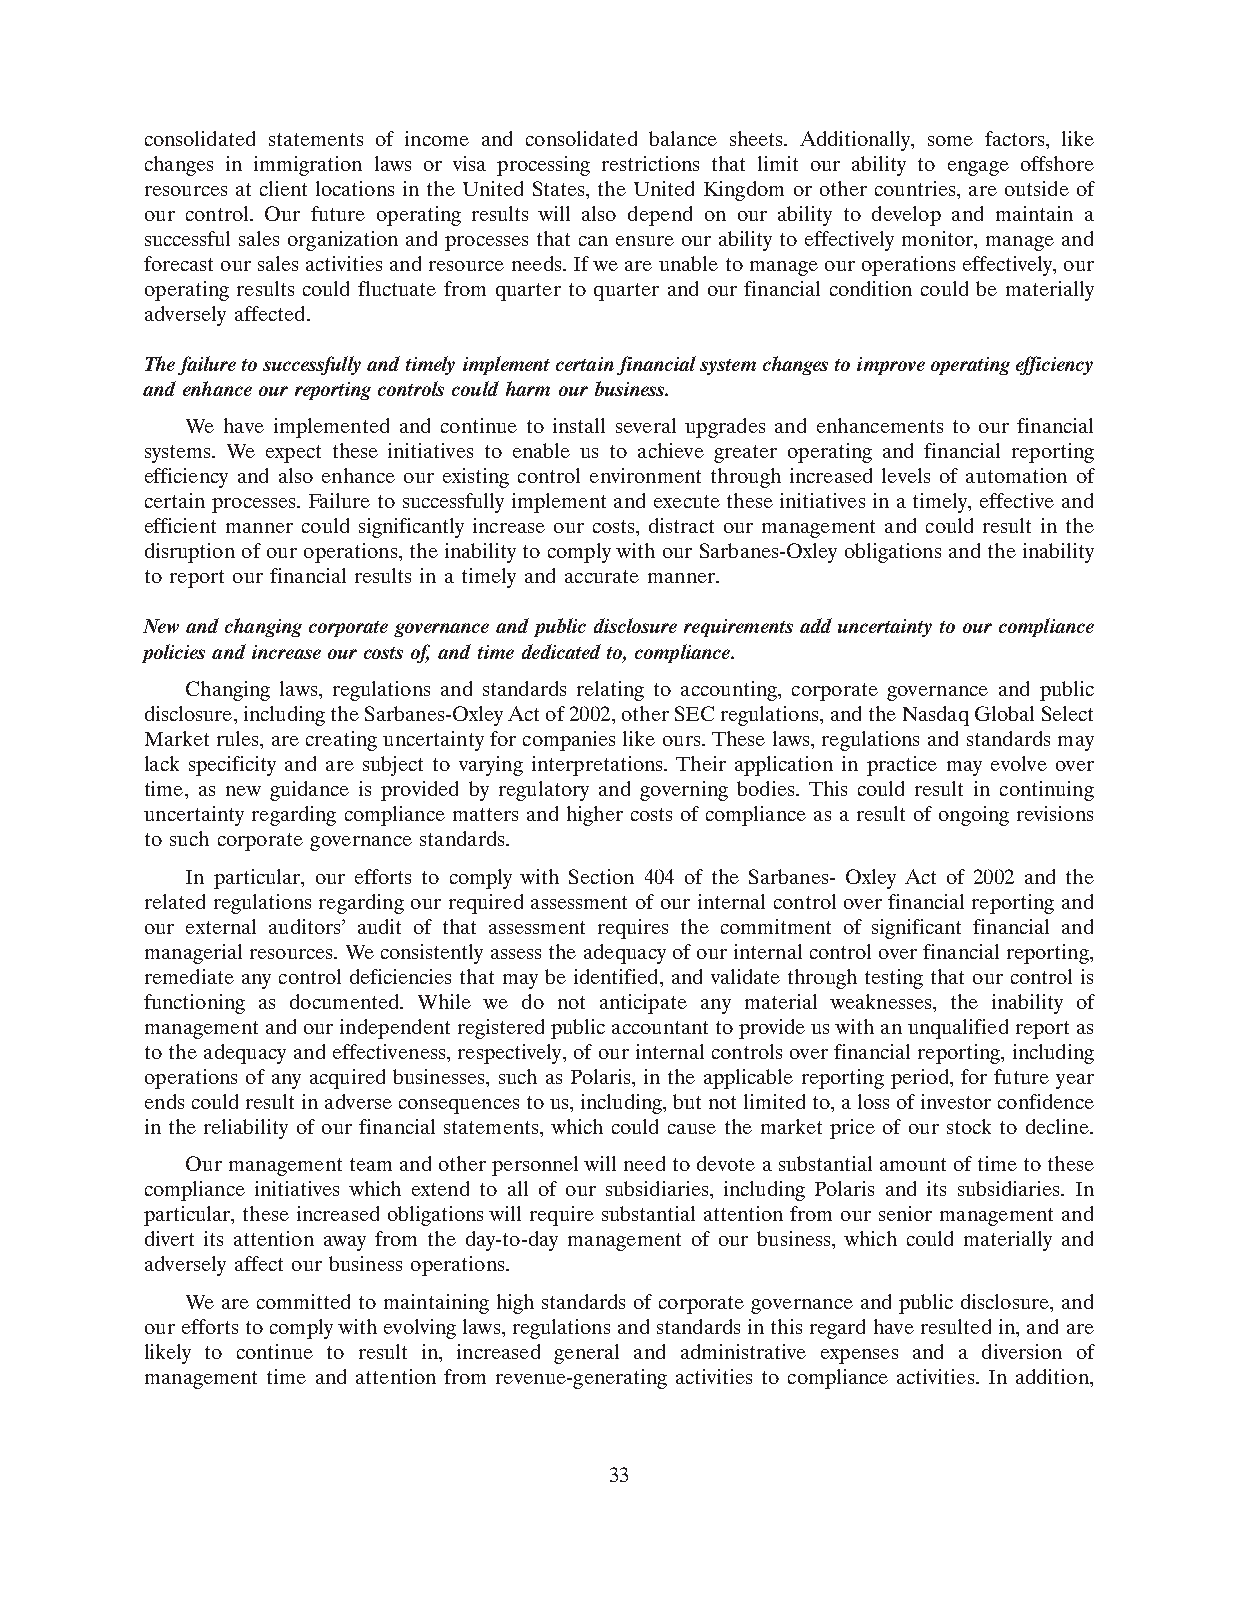
consolidated statements of income and consolidated balance sheets. Additionally, some factors, like
 changes in immigration laws or visa processing restrictions that limit our ability to engage offshore
 resources at client locations in the United States, the United Kingdom or other countries, are outside of
 our control. Our future operating results will also depend on our ability to develop and maintain a
 successful sales organization and processes that can ensure our ability to effectively monitor, manage and
 forecast our sales activities and resource needs. If we are unable to manage our operations effectively, our
 operating results could fluctuate from quarter to quarter and our financial condition could be materially
 adversely affected.
 The failure to successfully and timely implement certain financial system changes to improve operating efficiency
 and enhance our reporting controls could harm our business.
 We have implemented and continue to install several upgrades and enhancements to our financial
 systems. We expect these initiatives to enable us to achieve greater operating and financial reporting
 efficiency and also enhance our existing control environment through increased levels of automation of
 certain processes. Failure to successfully implement and execute these initiatives in a timely, effective and
 efficient manner could significantly increase our costs, distract our management and could result in the
 disruption of our operations, the inability to comply with our Sarbanes-Oxley obligations and the inability
 to report our financial results in a timely and accurate manner.
 New and changing corporate governance and public disclosure requirements add uncertainty to our compliance
 policies and increase our costs of, and time dedicated to, compliance.
 Changing laws, regulations and standards relating to accounting, corporate governance and public
 disclosure, including the Sarbanes-Oxley Act of 2002, other SEC regulations, and the Nasdaq Global Select
 Market rules, are creating uncertainty for companies like ours. These laws, regulations and standards may
 lack specificity and are subject to varying interpretations. Their application in practice may evolve over
 time, as new guidance is provided by regulatory and governing bodies. This could result in continuing
 uncertainty regarding compliance matters and higher costs of compliance as a result of ongoing revisions
 to such corporate governance standards.
 In particular, our efforts to comply with Section 404 of the Sarbanes- Oxley Act of 2002 and the
 related regulations regarding our required assessment of our internal control over financial reporting and
 our external auditors’ audit of that assessment requires the commitment of significant financial and
 managerial resources. We consistently assess the adequacy of our internal control over financial reporting,
 remediate any control deficiencies that may be identified, and validate through testing that our control is
 functioning as documented. While we do not anticipate any material weaknesses, the inability of
 management and our independent registered public accountant to provide us with an unqualified report as
 to the adequacy and effectiveness, respectively, of our internal controls over financial reporting, including
 operations of any acquired businesses, such as Polaris, in the applicable reporting period, for future year
 ends could result in adverse consequences to us, including, but not limited to, a loss of investor confidence
 in the reliability of our financial statements, which could cause the market price of our stock to decline.
 Our management team and other personnel will need to devote a substantial amount of time to these
 compliance initiatives which extend to all of our subsidiaries, including Polaris and its subsidiaries. In
 particular, these increased obligations will require substantial attention from our senior management and
 divert its attention away from the day-to-day management of our business, which could materially and
 adversely affect our business operations.
 We are committed to maintaining high standards of corporate governance and public disclosure, and
 our efforts to comply with evolving laws, regulations and standards in this regard have resulted in, and are
 likely to continue to result in, increased general and administrative expenses and a diversion of
 management time and attention from revenue-generating activities to compliance activities. In addition,
 33